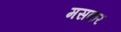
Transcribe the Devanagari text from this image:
मसकर